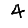
Digit: 4